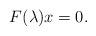
LaTeX: \begin{align*}F(\lambda) x = 0.\end{align*}